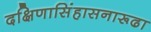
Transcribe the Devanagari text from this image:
दक्षिणासिंहासनारूढा